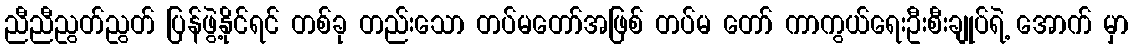
ညီညီညွတ်ညွတ် ပြန်ဖွဲ့နိုင်ရင် တစ်ခု တည်းသော တပ်မတော်အဖြစ် တပ်မ တော် ကာကွယ်ရေးဦးစီးချုပ်ရဲ့ အောက် မှာ